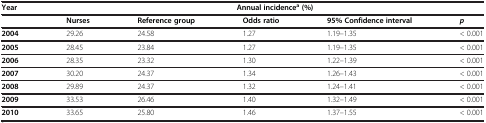
<table><thead><tr><td><b>Year</b></td><td colspan="5"><b>Annual incidence<sup>a </sup>(%)</b></td></tr><tr><td><b> </b></td><td><b>Nurses</b></td><td><b>Reference group</b></td><td><b>Odds ratio</b></td><td><b>95% Confidence interval</b></td><td><b><i>p</i></b></td></tr></thead><tbody><tr><td><b>2004</b></td><td>29.26</td><td>24.58</td><td>1.27</td><td>1.19–1.35</td><td>&lt; 0.001</td></tr><tr><td><b>2005</b></td><td>28.45</td><td>23.84</td><td>1.27</td><td>1.19–1.35</td><td>&lt; 0.001</td></tr><tr><td><b>2006</b></td><td>28.35</td><td>23.32</td><td>1.30</td><td>1.22–1.39</td><td>&lt; 0.001</td></tr><tr><td><b>2007</b></td><td>30.20</td><td>24.37</td><td>1.34</td><td>1.26–1.43</td><td>&lt; 0.001</td></tr><tr><td><b>2008</b></td><td>29.89</td><td>24.37</td><td>1.32</td><td>1.24–1.41</td><td>&lt; 0.001</td></tr><tr><td><b>2009</b></td><td>33.53</td><td>26.46</td><td>1.40</td><td>1.32–1.49</td><td>&lt; 0.001</td></tr><tr><td><b>2010</b></td><td>33.65</td><td>25.80</td><td>1.46</td><td>1.37–1.55</td><td>&lt; 0.001</td></tr></tbody></table>